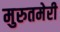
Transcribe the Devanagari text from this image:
मुरुतमेरी